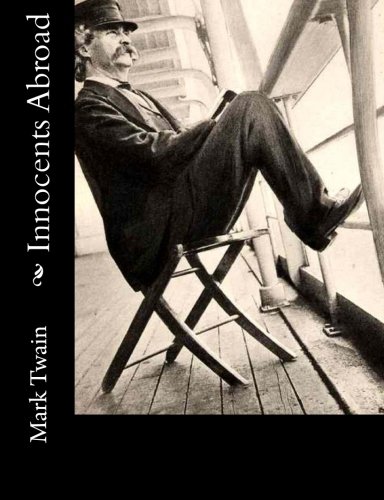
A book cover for Innocents Abroad; Mark Twain; Travel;